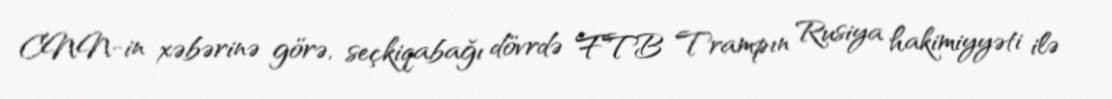
CNN-in xəbərinə görə, seçkiqabağı dövrdə FTB Trampın Rusiya hakimiyyəti ilə